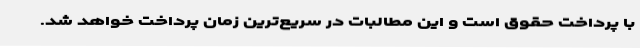
با پرداخت حقوق است و این مطالبات در سریع‌ترین زمان پرداخت خواهد شد.